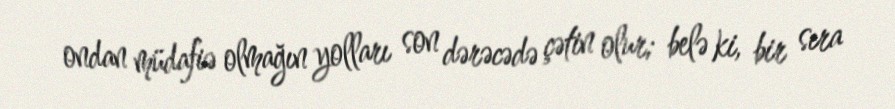
ondan müdafiə olmağın yolları son dərəcədə çətin olur; belə ki, bir sıra